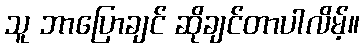
သူ ဘာပြောချင် ဆိုချင်တာပါလိမ့်။